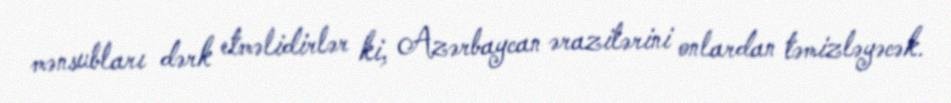
mənsubları dərk etməlidirlər ki, Azərbaycan ərazilərini onlardan təmizləyəcək.